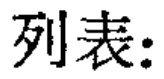
列表: